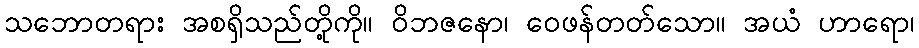
သဘောတရား အစရှိသည်တို့ကို။ ဝိဘဇနော၊ ဝေဖန်တတ်သော။ အယံ ဟာရော၊